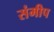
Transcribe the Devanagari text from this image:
संमीप